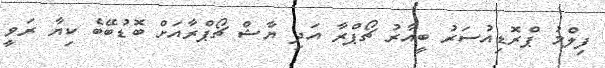
ފިލްމު ޕްރޮޑިއުސަރު ބީއާރު ޗޯޕްރާ އަދި ޔާޝް ޗޯޕްރާއަށް ބޮޑުބޭބެ ކިޔާ ރަވީ